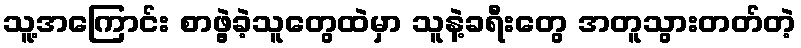
သူ့အကြောင်း စာဖွဲ့ခဲ့သူတွေထဲမှာ သူနဲ့ခရီးတွေ အတူသွားတတ်တဲ့